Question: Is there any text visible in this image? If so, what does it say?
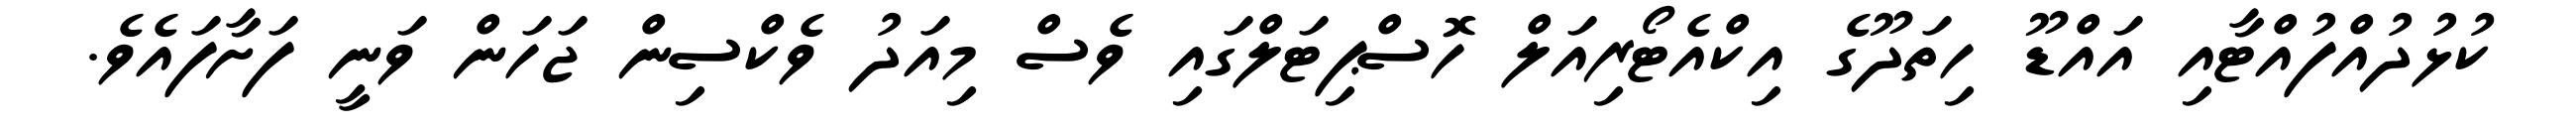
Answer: ކުޅުދުއްފުއްޓާއި އައްޑޫ ހިތަދޫގެ އިކްއެޓޯރިއަލް ހޮސްޕިޓަލްގައި ވެސް މިއަދު ވެކްސިން ޖަހަން ވަނީ ފަށާފައެވެ.